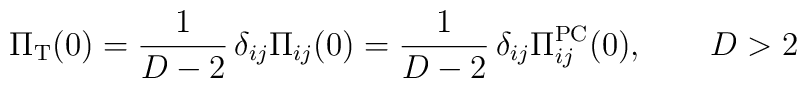
\Pi_{\rm T} (0) = \frac{1}{D-2}\,\delta_{ij} \Pi_{ij} (0) =\frac{1}{D-2}\, \delta_{ij} \Pi_{ij}^{\rm PC} (0),\qquad D >2